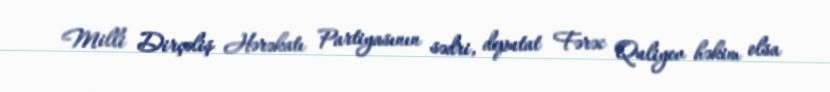
Milli Dirçəliş Hərəkatı Partiyasının sədri, deputat Fərəc Quliyev həkim olsa